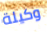
وكيلة